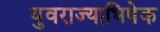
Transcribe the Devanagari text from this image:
युवराज्याभिषेक